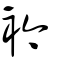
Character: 衿